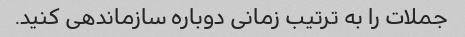
جملات را به ترتیب زمانی دوباره سازماندهی کنید.